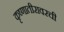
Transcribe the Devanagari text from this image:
कृष्णातीरावरची